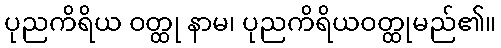
ပုညကိရိယ ဝတ္ထု နာမ၊ ပုညကိရိယဝတ္ထုမည်၏။